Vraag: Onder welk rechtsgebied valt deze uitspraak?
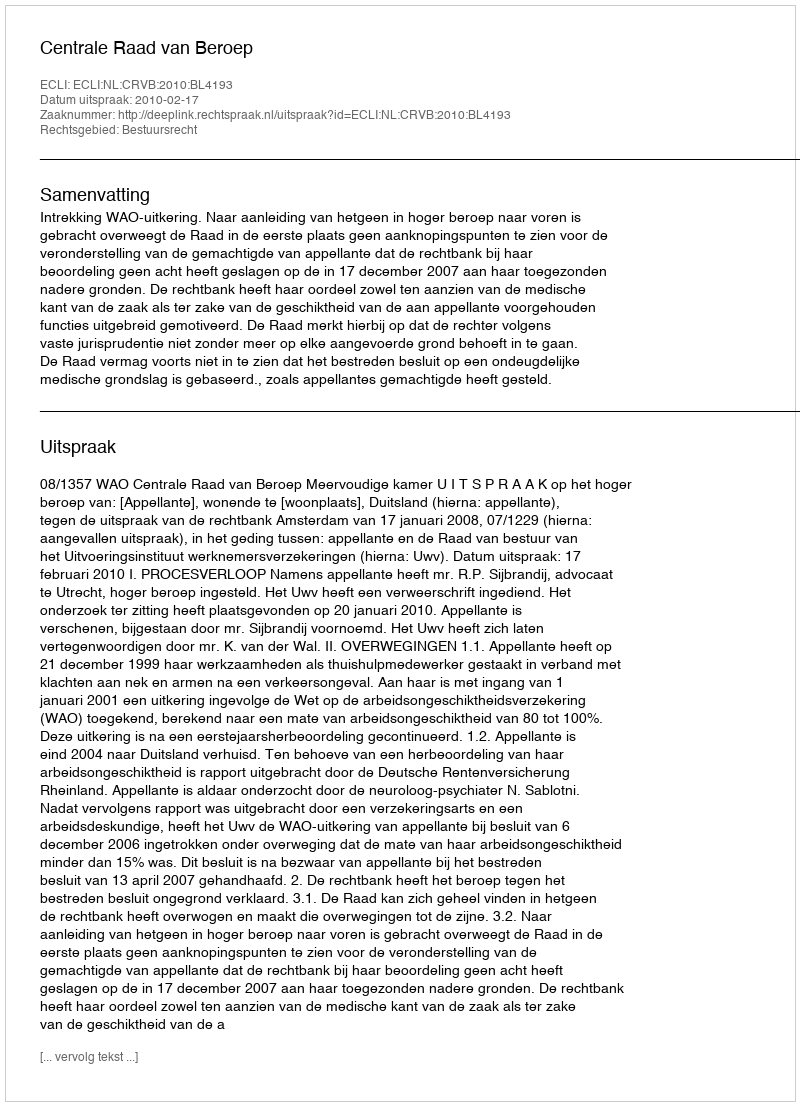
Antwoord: Bestuursrecht